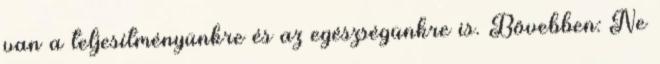
van a teljesítményünkre és az egészségünkre is. Bővebben: Ne